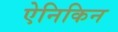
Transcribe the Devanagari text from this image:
ऐनिकिन